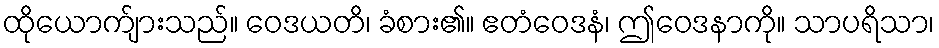
ထိုယောက်ျားသည်။ ဝေဒယတိ၊ ခံစား၏။ ဧတံဝေဒနံ၊ ဤဝေဒနာကို။ သာပရိသာ၊